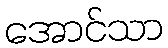
အောင်သာ